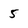
Character: 5